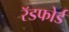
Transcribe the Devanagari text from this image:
रॅडफोर्ड